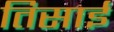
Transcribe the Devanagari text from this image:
तिसाई